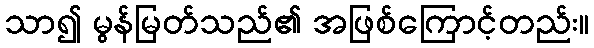
သာ၍ မွန်မြတ်သည်၏ အဖြစ်ကြောင့်တည်း။